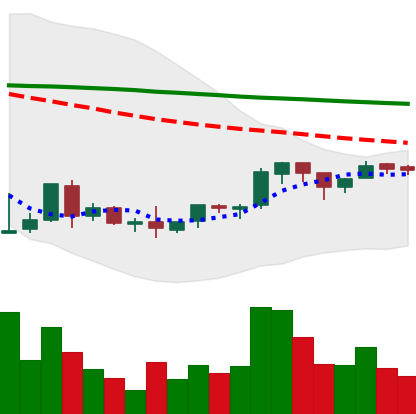
Ticker: BNB-USD
Chart end date: 2018-09-03
Forward return: -15.46%
Label: down_7plus